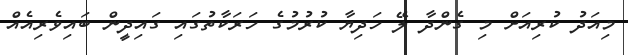
މިއަދު ކުރިއަށް މި ގެންދާ ލޭ ހަދިޔާ ކުރުމުގެ ހަރަކާތުގައި ގައިދީން ބައިވެރިއެއް